Report on vaccination in Madras 1877-1894 - 1877-1894
Year: 1877
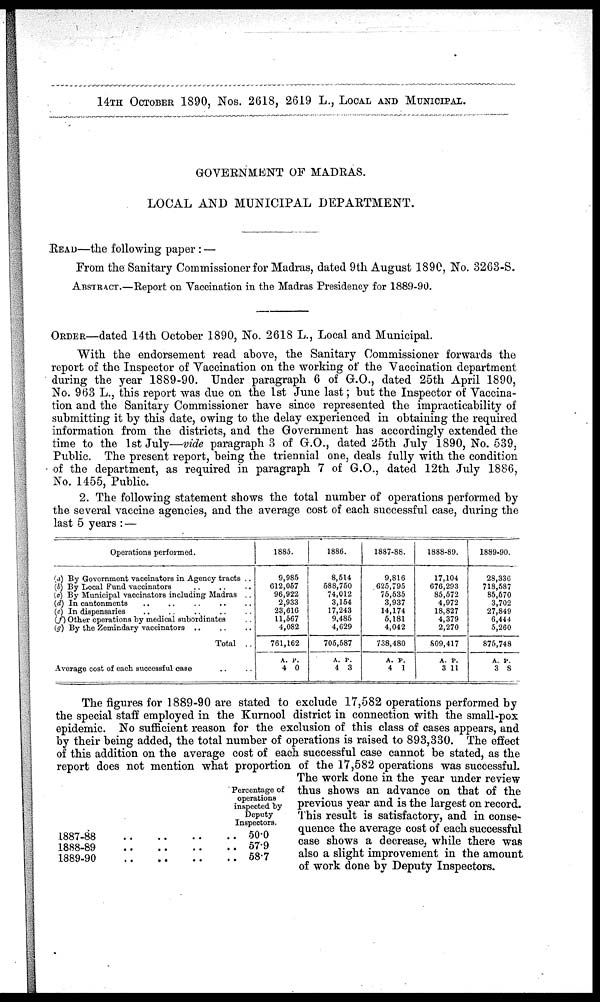
14TH OCTOBER 1890, Nos. 2618, 2619 L., LOCAL AMD MUNICIPAL.
GOVERNMENT OF MADRAS.
LOCAL AND MUNICIPAL DEPARTMENT.
READ—the following paper : —
From the Sanitary Commissioner for Madras, dated 9th August 1890, No. 3263-S.
ABSTRACT.—Report on Vaccination in the Madras Presidency for 1889-90.
ORDER—dated 14th October 1890, No. 2618 L., Local and Municipal.
With the endorsement read above, the Sanitary Commissioner forwards the
report of the Inspector of Vaccination on the working of the Vaccination department
during the year 1889-90. Under paragraph 6 of G.O., dated 25th April 1890,
No. 963 L., this report was due on the 1st June last; but the Inspector of Vaccina-
tion and the Sanitary Commissioner have since represented the impracticability of
submitting it by this date, owing to the delay experienced in obtaining the required
information from the districts, and the Government has accordingly extended the
time to the 1st July—vide paragraph 3 of G.O., dated 25th July 1890, No. 539,
Public. The present report, being the triennial one, deals fully with the condition
of the department, as required in paragraph 7 of G.O., dated 12th July 1886,
No. 1455, Public.
2. The following statement shows the total number of operations performed by
the several vaccine agencies, and the average cost of each successful case, during the
last 5 years : —
Operations performed.
(a) By Government vaccinators in Agency tracts ..
(b) By Local Fund vaccinators
..
..
..
(c) By Municipal vaccinators including Madras ..
(d) In cnatonaments .. .. .. .. ..
(e) In dispensaries .. .. .. .. ..
(f) Other operations by medical subordinates ..
(g) By the Zemindary vaccinators .. .. .. ..
Total ..
Average cost of each successful case .. ..
1885.
9,985
612,057
96,922
2,933
23,616
11,567
4,082
761,162
A.
4
P.
0
1886.
8,514
688,750
74,012
3,154
17,243
9,485
4,629
705,587
A.
4
P.
3
1887-88.
9,816
625,795
75,536
3,937
14,174
6,181
4,042
738,480
A.
4
P.
1
1888-89.
17,104
676,293
85,572
4,972
18,827
4,379
2,270
809,417
A.
3
P.
11
1889-90.
28,336
718,587
85,670
3,702
27,849
6,444
5,260
875,748
A.
3
P.
8
1887-88 .. .. .. ..
1888-89 .. .. .. ..
1889-90 .. .. .. ..
Percentage of
operations
inspected by
Deputy
Inspectors.
50.0
57.9
58.7
The figures for 1889-90 are stated to exclude 17,582 operations performed by
the special staff employed in the Kurnool district in connection with the small-pox
epidemic. No sufficient reason for the exclusion of this class of cases appears, and
by their being added, the total number of operations is raised to 893,330. The effect
of this addition on the average cost of each successful case cannot be stated, as the
report does not mention what proportion of the 17,582 operations was successful.
The work done in the year under review
thus shows an advance on that of the
previous year and is the largest on record.
This result is satisfactory, and in conse-
quence the average cost of each successful
case shows a decrease, while there was
also a slight improvement in the amount
of work done by Deputy Inspectors.